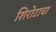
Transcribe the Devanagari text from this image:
शिरोटाचा